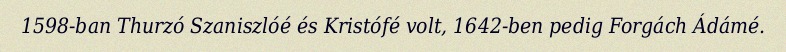
1598-ban Thurzó Szaniszlóé és Kristófé volt, 1642-ben pedig Forgách Ádámé.